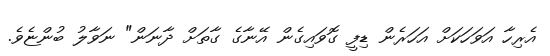
އެރިހާ އަވަހަކަށް އަހަރެން ޑިފީ ގޮވައިގެން އޭނާގެ ގާތަށް ދާނަން" ނަވާލު ބުންޏެވެ.